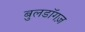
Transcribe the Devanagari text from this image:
बुलडॉगज़